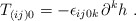
\begin{align*}T_{(ij)0}=-\epsilon _{ij0k}{}\,\partial ^{k}h\ .\end{align*}